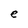
Character: e